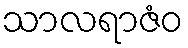
သာလရာဇံဝ